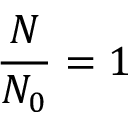
\frac { N } { N _ { 0 } } = 1